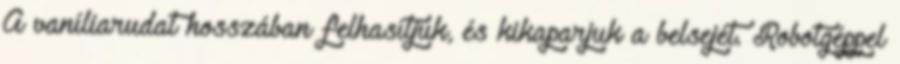
A vaníliarudat hosszában felhasítjuk, és kikaparjuk a belsejét. Robotgéppel